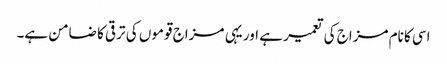
اسی کا نام مزاج کی تعمیر ہے اور یہی مزاج قوموں کی ترقی کا ضامن ہے۔